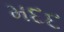
મદદ